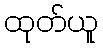
ထုတ်ယူ